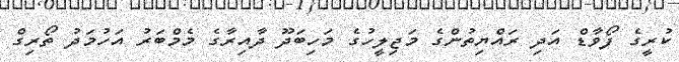
ކުރީގެ ފޯވާޑް އަދި ރައްޔިތުންގެ މަޖިލީހުގެ މަހިބަދޫ ދާއިރާގެ މެމްބަރު އަހުމަދު ތޯރިގް